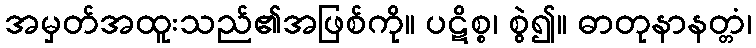
အမှတ်အထူးသည်၏အဖြစ်ကို။ ပဋိစ္စ၊ စွဲ၍။ ဓာတုနာနတ္တံ၊